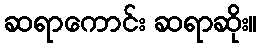
ဆရာကောင်း ဆရာဆိုး။